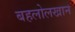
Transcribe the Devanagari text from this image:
बहलोलखान